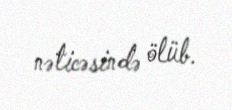
nəticəsində ölüb.